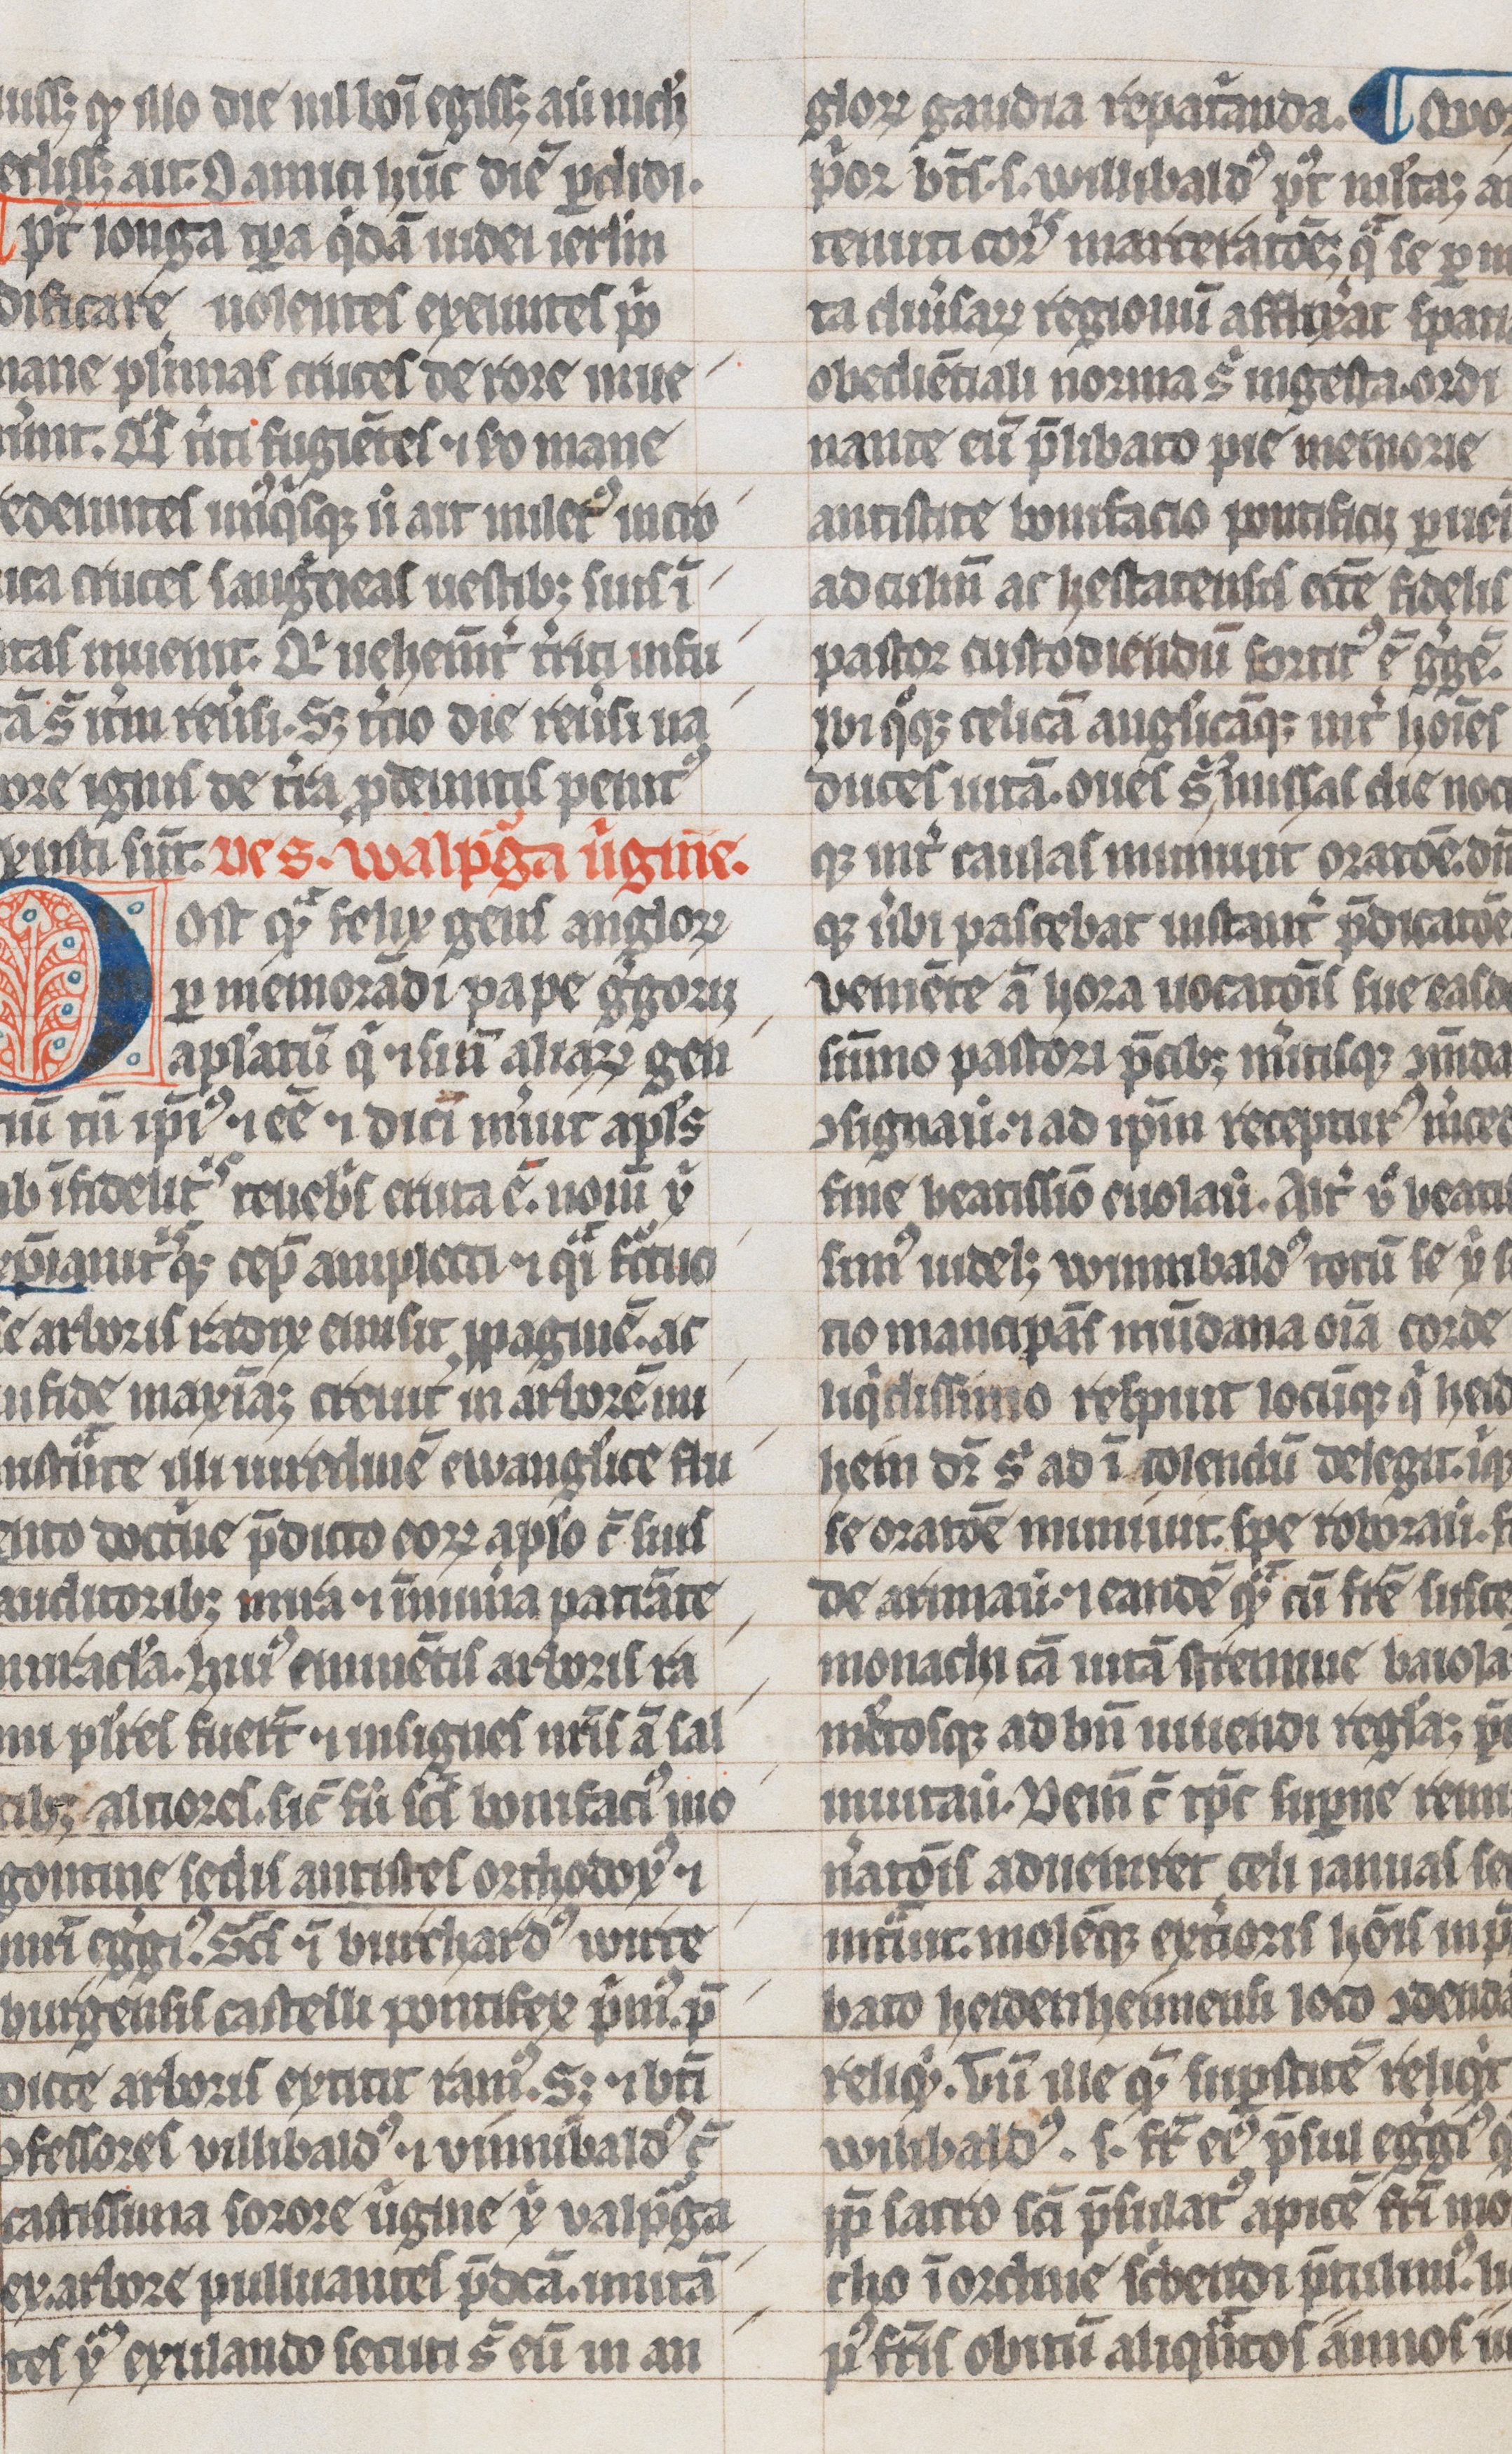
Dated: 1300–1399